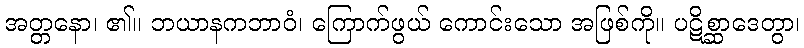
အတ္တနော၊ ၏။ ဘယာနကဘာဝံ၊ ကြောက်ဖွယ် ကောင်းသော အဖြစ်ကို။ ပဋိစ္ဆာဒေတွာ၊